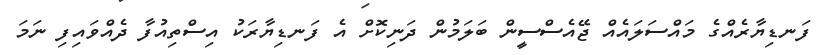
ފަނޑިޔާރެއްގެ މައްސަލައެއް ޖޭއެސްސީން ބަލަމުން ދަނިކޮށް އެ ފަނޑިޔާރަކު އިސްތިއުފާ ދެއްވައިފި ނަމަ